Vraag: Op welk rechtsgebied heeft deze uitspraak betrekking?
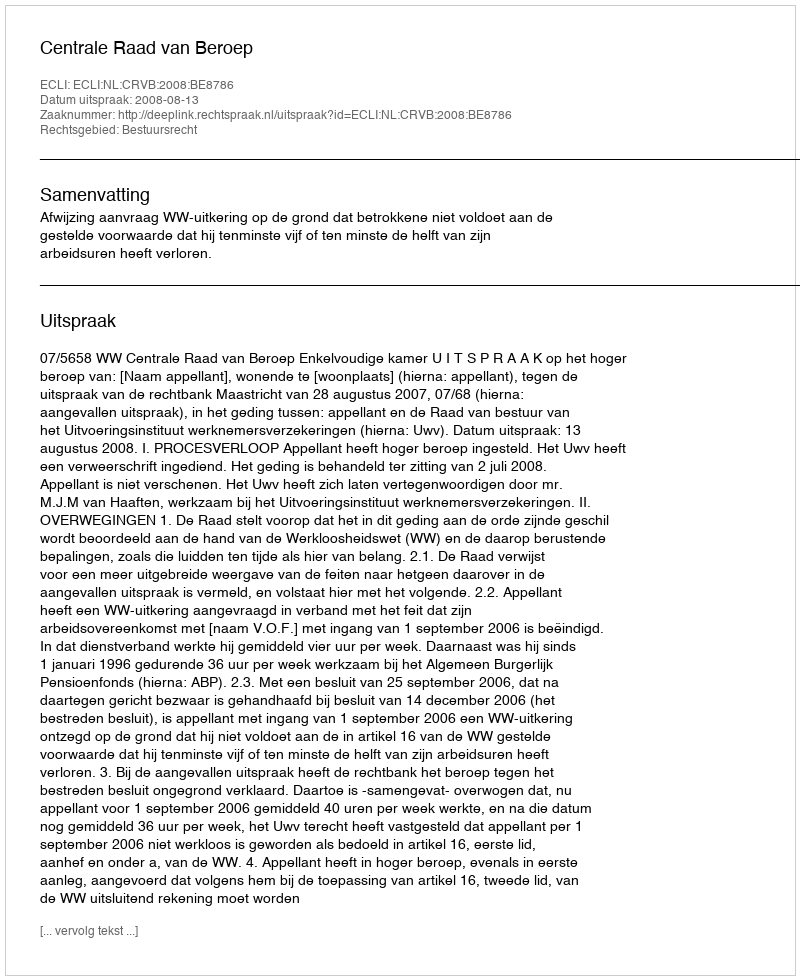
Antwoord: Bestuursrecht